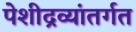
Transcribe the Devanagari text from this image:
पेशीद्रव्यांतर्गत